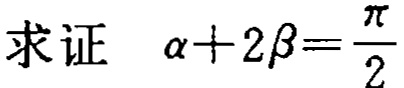
求证 \(\alpha + 2\beta=\frac{\pi}{2}\)